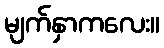
မျက်နှာကလေး။